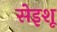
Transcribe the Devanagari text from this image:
सेइशू